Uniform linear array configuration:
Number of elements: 64
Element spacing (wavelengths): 0.25
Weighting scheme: uniform
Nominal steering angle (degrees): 0
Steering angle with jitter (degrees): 0.9406
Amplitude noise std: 0.05
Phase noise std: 0.05

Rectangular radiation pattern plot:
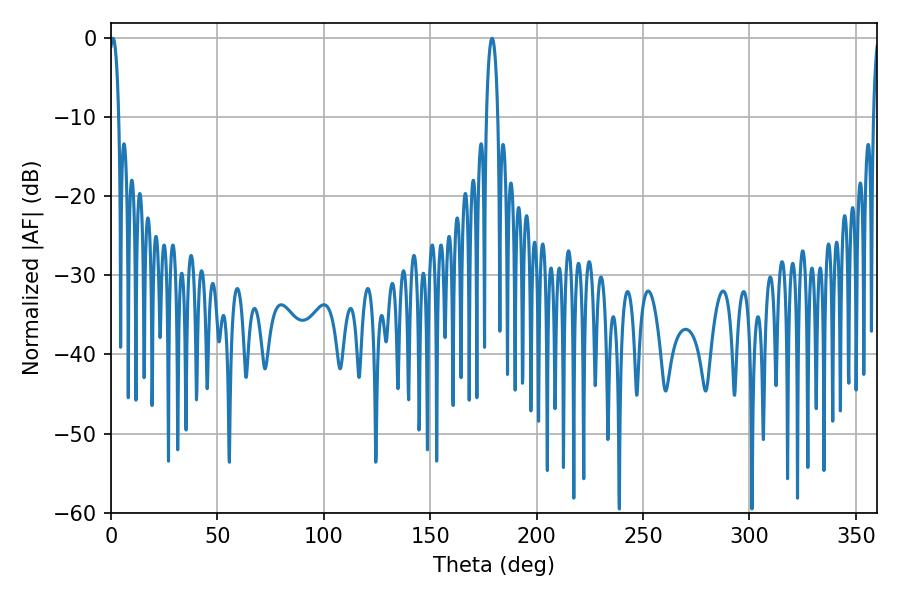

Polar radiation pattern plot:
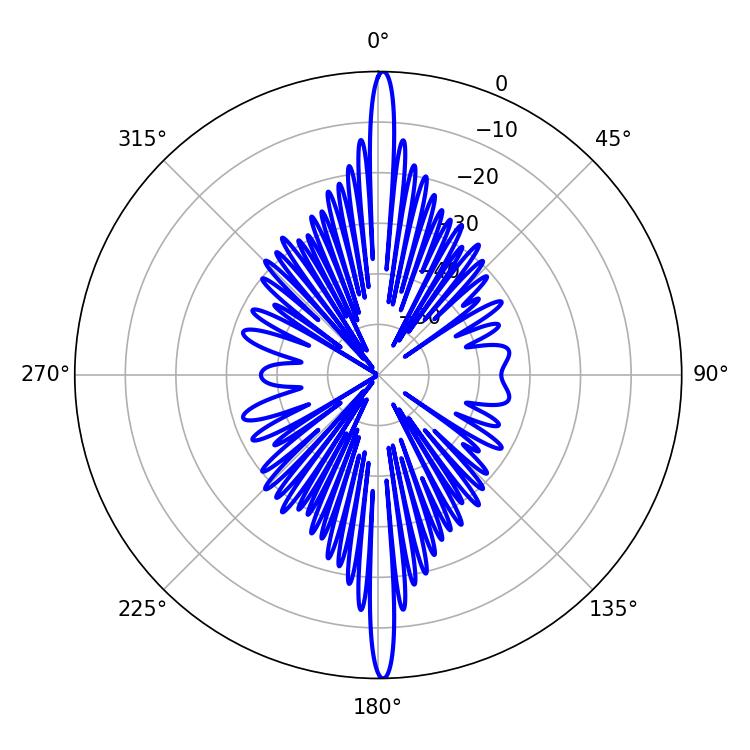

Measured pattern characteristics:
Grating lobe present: FALSE
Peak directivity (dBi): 29.783
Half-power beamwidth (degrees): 2.52
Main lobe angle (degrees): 0.9